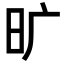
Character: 旷